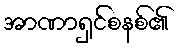
အာဏာရှင်စနစ်၏